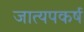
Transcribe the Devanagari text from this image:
जात्यपकर्ष